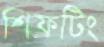
শিফটিং